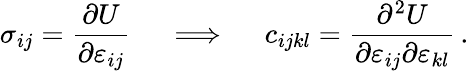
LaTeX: \sigma_{ij}={\frac{\partial U}{\partial\varepsilon_{ij}}}\quad\implies\quad c_{ijkl}={\frac{\partial^{2}U}{\partial\varepsilon_{ij}\partial\varepsilon_{kl}}}\, .